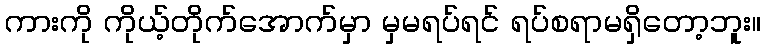
ကားကို ကိုယ့်တိုက်အောက်မှာ မှမရပ်ရင် ရပ်စရာမရှိတော့ဘူး။